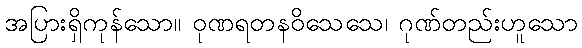
အပြားရှိကုန်သော။ ဝုဏရတနဝိသေသေ၊ ဂုဏ်တည်းဟူသော